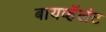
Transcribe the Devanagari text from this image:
बायव्हॅलंट